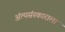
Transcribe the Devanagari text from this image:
अंत्यसंस्काराला